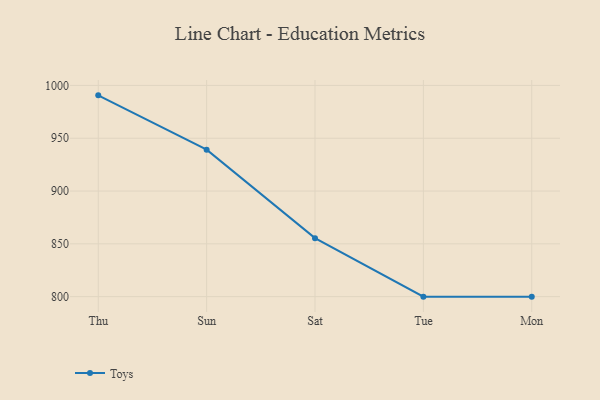
{"axis": {"x": "Day", "y": "Energy Usage (MWh)"}, "legend": ["Toys"], "data": [{"x": "Thu", "y": 990.6, "type": "Toys"}, {"x": "Sun", "y": 939.2, "type": "Toys"}, {"x": "Sat", "y": 855.4, "type": "Toys"}, {"x": "Tue", "y": 800, "type": "Toys"}, {"x": "Mon", "y": 800, "type": "Toys"}]}